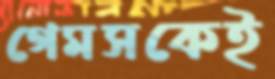
গেমসকেই